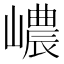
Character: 嶩